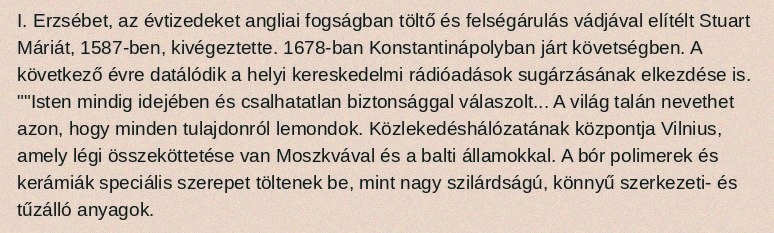
I. Erzsébet, az évtizedeket angliai fogságban töltő és felségárulás vádjával elítélt Stuart Máriát, 1587-ben, kivégeztette. 1678-ban Konstantinápolyban járt követségben. A következő évre datálódik a helyi kereskedelmi rádióadások sugárzásának elkezdése is. ""Isten mindig idejében és csalhatatlan biztonsággal válaszolt... A világ talán nevethet azon, hogy minden tulajdonról lemondok. Közlekedéshálózatának központja Vilnius, amely légi összeköttetése van Moszkvával és a balti államokkal. A bór polimerek és kerámiák speciális szerepet töltenek be, mint nagy szilárdságú, könnyű szerkezeti- és tűzálló anyagok.